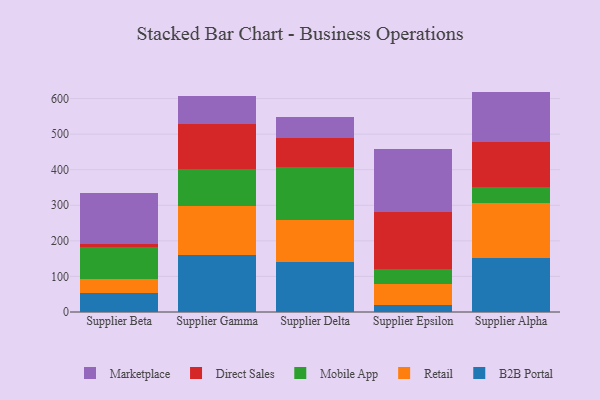
{"axis": {"x": "Supplier", "y": "Satisfaction Score"}, "legend": ["B2B Portal", "Direct Sales", "Marketplace", "Mobile App", "Retail"], "data": [{"x": "Supplier Beta", "y": 54.8, "type": "B2B Portal"}, {"x": "Supplier Beta", "y": 37.3, "type": "Retail"}, {"x": "Supplier Beta", "y": 90.4, "type": "Mobile App"}, {"x": "Supplier Beta", "y": 8.8, "type": "Direct Sales"}, {"x": "Supplier Beta", "y": 143.3, "type": "Marketplace"}, {"x": "Supplier Gamma", "y": 161.4, "type": "B2B Portal"}, {"x": "Supplier Gamma", "y": 136.6, "type": "Retail"}, {"x": "Supplier Gamma", "y": 104.2, "type": "Mobile App"}, {"x": "Supplier Gamma", "y": 127.6, "type": "Direct Sales"}, {"x": "Supplier Gamma", "y": 76.3, "type": "Marketplace"}, {"x": "Supplier Delta", "y": 140.7, "type": "B2B Portal"}, {"x": "Supplier Delta", "y": 117.3, "type": "Retail"}, {"x": "Supplier Delta", "y": 148.4, "type": "Mobile App"}, {"x": "Supplier Delta", "y": 83.0, "type": "Direct Sales"}, {"x": "Supplier Delta", "y": 58.1, "type": "Marketplace"}, {"x": "Supplier Epsilon", "y": 19.4, "type": "B2B Portal"}, {"x": "Supplier Epsilon", "y": 58.6, "type": "Retail"}, {"x": "Supplier Epsilon", "y": 44.0, "type": "Mobile App"}, {"x": "Supplier Epsilon", "y": 159.0, "type": "Direct Sales"}, {"x": "Supplier Epsilon", "y": 178.1, "type": "Marketplace"}, {"x": "Supplier Alpha", "y": 151.7, "type": "B2B Portal"}, {"x": "Supplier Alpha", "y": 153.7, "type": "Retail"}, {"x": "Supplier Alpha", "y": 46.3, "type": "Mobile App"}, {"x": "Supplier Alpha", "y": 126.5, "type": "Direct Sales"}, {"x": "Supplier Alpha", "y": 141.3, "type": "Marketplace"}]}